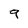
Character: 9